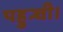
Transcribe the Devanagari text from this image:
पहुन्ची।